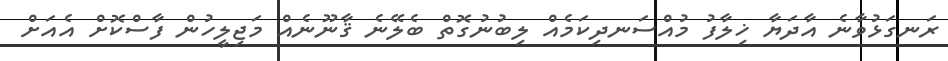
ރަނގަޅުވާނެ އާދަޔާ ޚިލާފު މުއްސަނދިކަމެއް ލިބުނުގޮތް ބެލޭނެ ޤާނޫނެއް މަޖިލީހުން ފާސްކޮށް އެއަށް